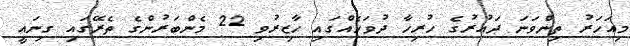
މިއަހަރު ތިންވަނަ ދައުރުގެ ހުރިހާ ދުވަހެއްގައި ހާޒިރުވި 22 މެންބަރުންގެ ތެރޭގައި ގިނައީ